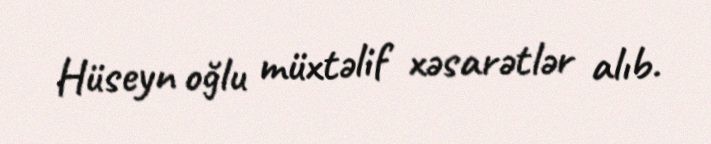
Hüseyn oğlu müxtəlif xəsarətlər alıb.